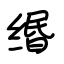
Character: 缗